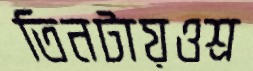
তিনটায়ওশ্র